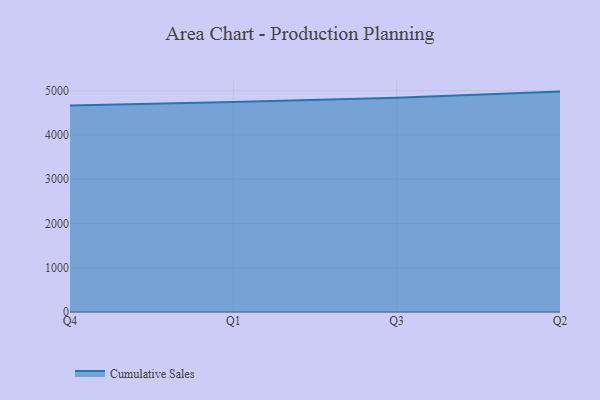
{"axis": {"x": "Quarter", "y": "Backlog"}, "legend": ["Cumulative Sales"], "data": [{"x": "Q4", "y": 4668.2, "type": "Cumulative Sales"}, {"x": "Q1", "y": 4746.1, "type": "Cumulative Sales"}, {"x": "Q3", "y": 4840.8, "type": "Cumulative Sales"}, {"x": "Q2", "y": 4980.1, "type": "Cumulative Sales"}]}